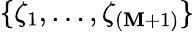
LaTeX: \{ \zeta_{1},\dots,\zeta_{{(\mathbf{M}+1)}}\}